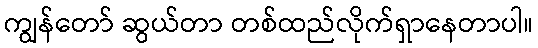
ကျွန်တော် ဆွယ်တာ တစ်ထည်လိုက်ရှာနေတာပါ။